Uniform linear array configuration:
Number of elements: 48
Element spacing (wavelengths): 0.75
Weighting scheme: exponential
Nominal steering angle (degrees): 60
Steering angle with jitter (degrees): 59.671
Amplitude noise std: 0.05
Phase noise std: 0.05

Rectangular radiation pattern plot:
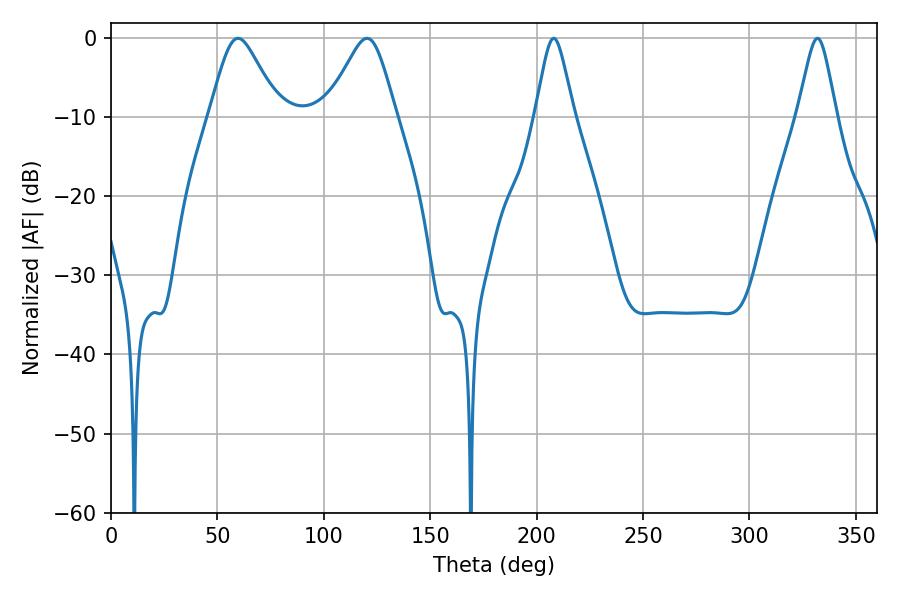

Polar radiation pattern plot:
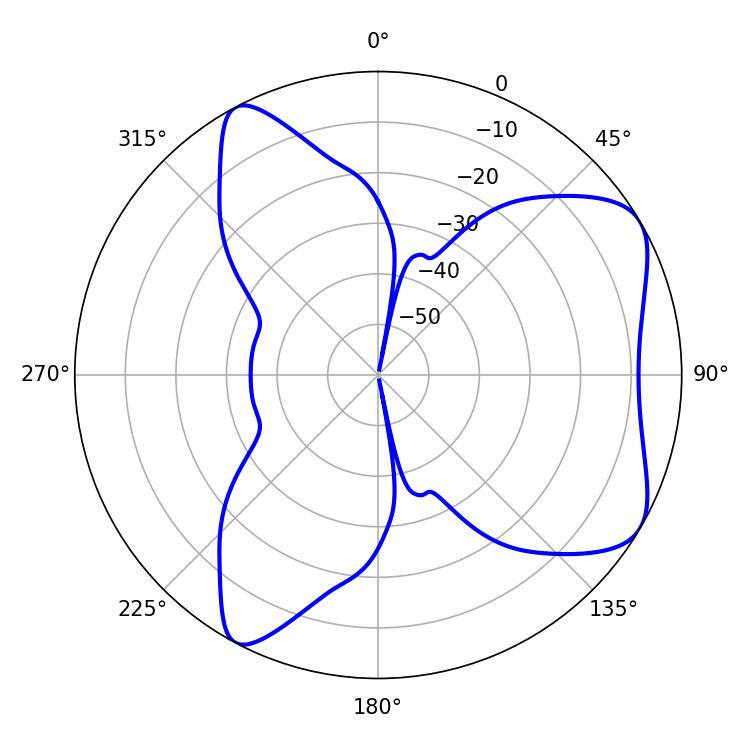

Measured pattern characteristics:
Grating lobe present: TRUE
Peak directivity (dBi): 6.616
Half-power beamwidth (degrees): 15.84
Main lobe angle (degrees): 59.76